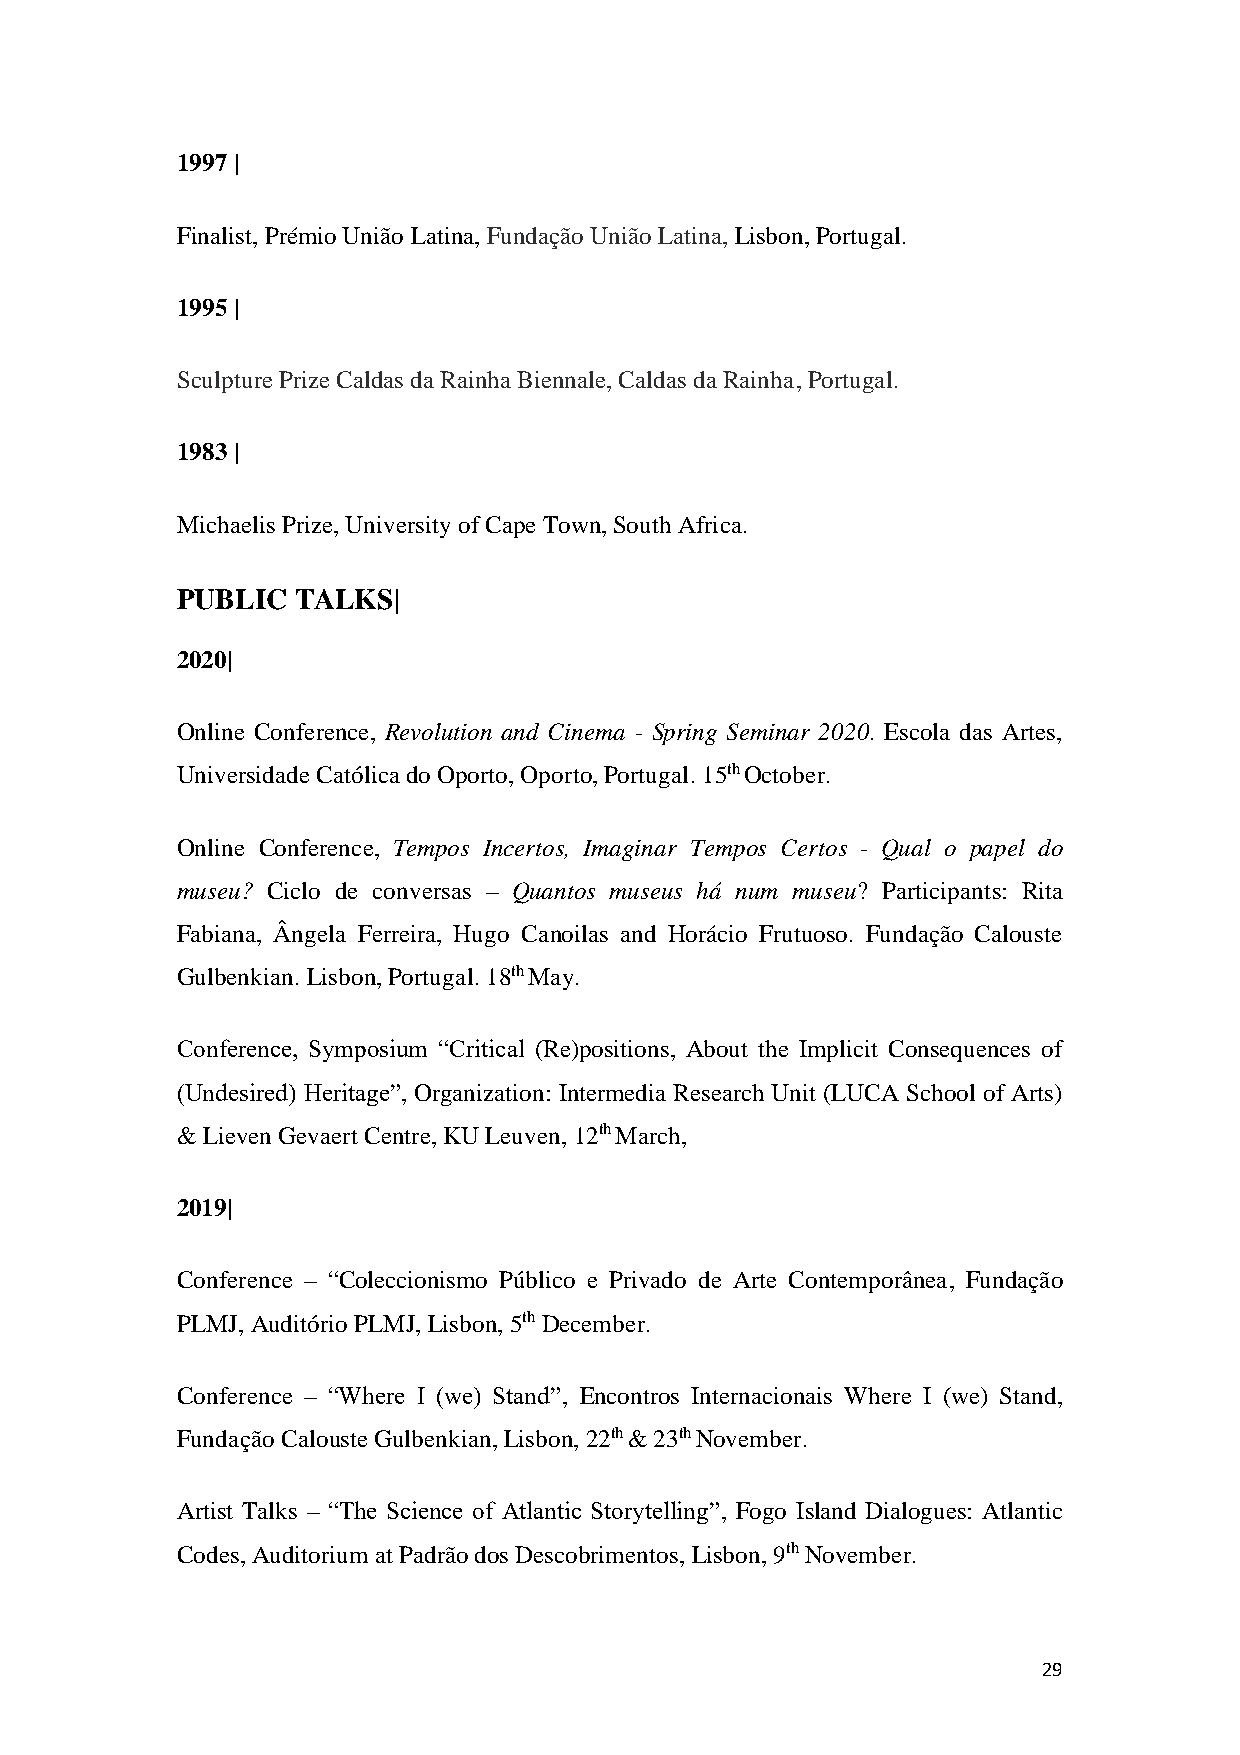
1997 |
 Finalist, Prémio União Latina, Fundação União Latina, Lisbon, Portugal.
 1995 |
 Sculpture Prize Caldas da Rainha Biennale, Caldas da Rainha, Portugal.
 1983 |
 Michaelis Prize, University of Cape Town, South Africa.
 PUBLIC  TALKS|
 2020|
 Online Conference, Revolution and Cinema - Spring Seminar 2020. Escola das Artes,
 Universidade Católica do Oporto, Oporto, Portugal. 15th October.
 Online Conference, Tempos Incertos, Imaginar Tempos Certos - Qual o papel do
 museu? Ciclo de conversas – Quantos museus há num museu? Participants: Rita
 Fabiana, Ângela Ferreira, Hugo Canoilas and Horácio Frutuoso. Fundação Calouste
 Gulbenkian. Lisbon, Portugal. 18th May.
 Conference, Symposium “Critical (Re)positions, About the Implicit Consequences of
 (Undesired) Heritage”, Organization: Intermedia Research Unit (LUCA School of Arts)
 & Lieven Gevaert Centre, KU Leuven, 12th March,
 2019|
 Conference – “Coleccionismo Público e Privado de Arte Contemporânea, Fundação
 PLMJ, Auditório PLMJ, Lisbon, 5th December.
 Conference – “Where I (we) Stand”, Encontros Internacionais Where I (we) Stand,
 Fundação Calouste Gulbenkian, Lisbon, 22th & 23th November.
 Artist Talks – “The Science of Atlantic Storytelling”, Fogo Island Dialogues: Atlantic
 Codes, Auditorium at Padrão dos Descobrimentos, Lisbon, 9th November.
 29